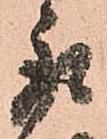
取